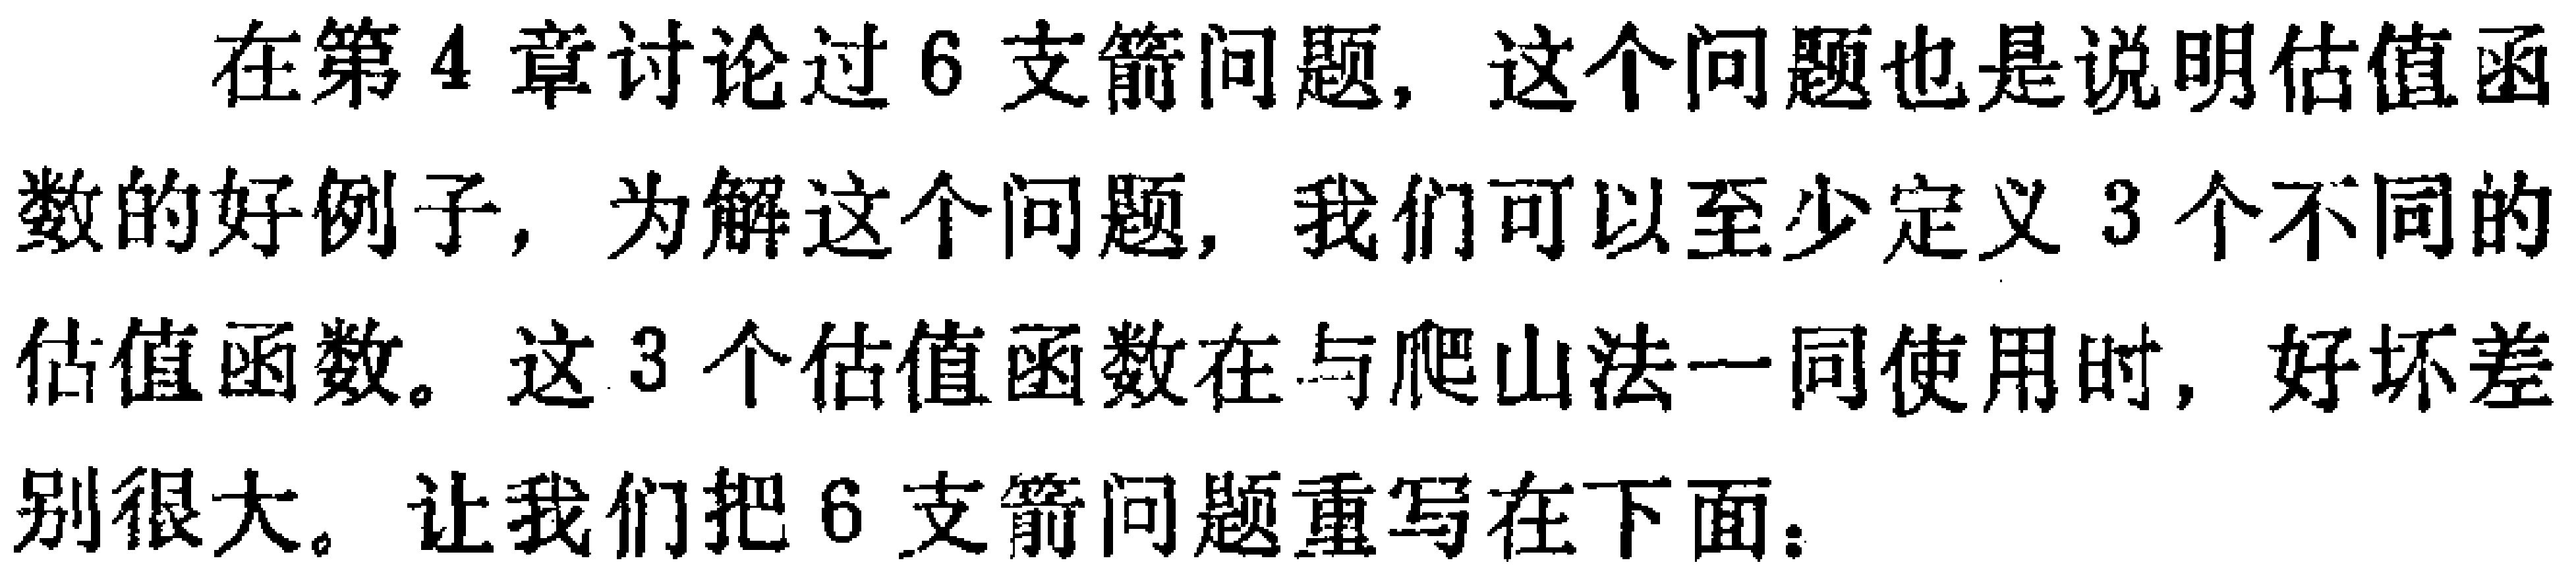
在第4章讨论过6支箭问题，这个问题也是说明估值函数的好例子，为解这个问题，我们可以至少定义3个不同的估值函数。这3个估值函数在与爬山法一同使用时，好坏差别很大。让我们把6支箭问题重写在下面：